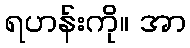
ရဟန်းကို။ အာ